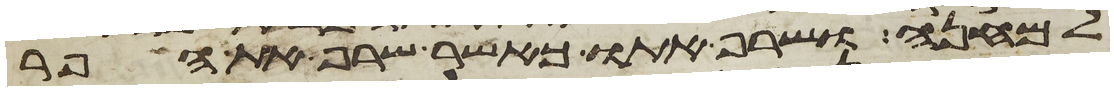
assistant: למחנה ושרף אתו כאשר שרף את הפר